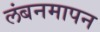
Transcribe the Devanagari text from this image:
लंबनमापन